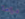
دراما